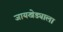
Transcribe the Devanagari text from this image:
जायखेड्याला